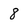
Character: 8